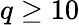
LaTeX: q\geq 10